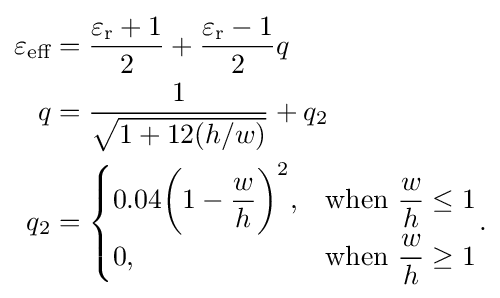
{\begin{aligned}\varepsilon _{\textrm {eff}}&={\frac {\varepsilon _{\textrm {r}}+1}{2}}+{\frac {\varepsilon _{\textrm {r}}-1}{2}}q\\q&={\frac {1}{\sqrt {1+12(h/w)}}}+q_{2}\\q_{2}&={\begin{cases}0.04{\bigg (}1-{\dfrac {w}{h}}{\bigg )}^{2},&{\text{when }}{\dfrac {w}{h}}\leq 1\\0,&{\text{when }}{\dfrac {w}{h}}\geq 1\\\end{cases}}.\\\end{aligned}}